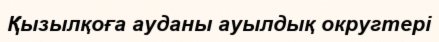
Қызылқоға ауданы ауылдық округтері